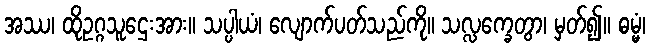
အဿ၊ ထိုဥဂ္ဂသူဌေးအား။ သပ္ပါယံ၊ လျောက်ပတ်သည်ကို။ သလ္လက္ခေတွာ၊ မှတ်၍။ ဓမ္မံ၊